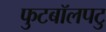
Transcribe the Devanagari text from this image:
फुटबॉलपटु